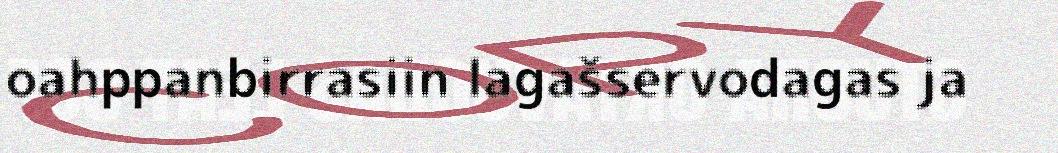
oahppanbirrasiin lagašservodagas ja